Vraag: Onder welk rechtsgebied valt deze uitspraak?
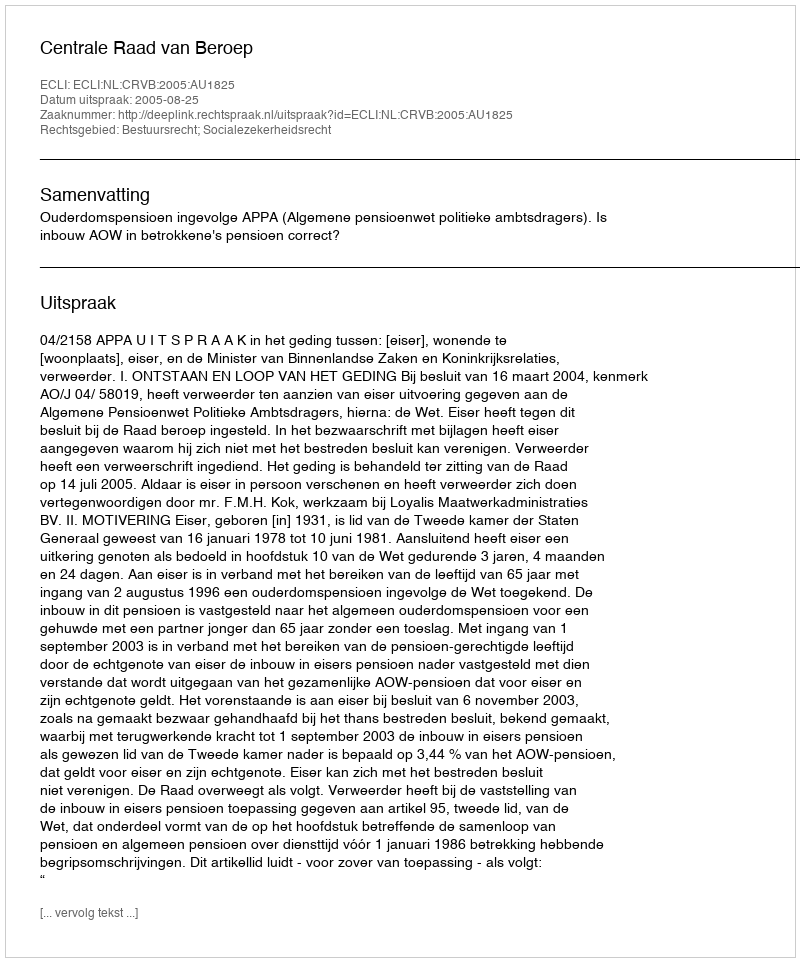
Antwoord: Bestuursrecht; Socialezekerheidsrecht